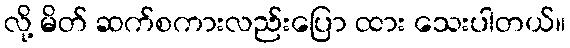
လို့ မိတ် ဆက်စကားလည်းပြော ထား သေးပါတယ်။